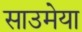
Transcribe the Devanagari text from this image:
साउमेया